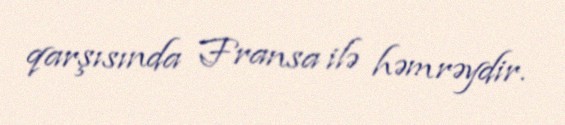
qarşısında Fransa ilə həmrəydir.